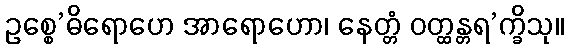
ဥစ္စေ’ဓိရောဟေ အာရောဟော၊ နေတ္တံ ဝတ္ထန္တရ’က္ခိသု။